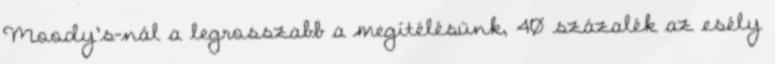
Moody’s-nál a legrosszabb a megítélésünk, 40 százalék az esély